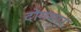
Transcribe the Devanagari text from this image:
दोंगमार